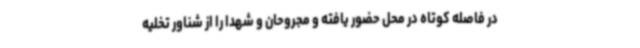
در فاصله کوتاه در محل حضور یافته و مجروحان و شهدا را از شناور تخلیه